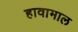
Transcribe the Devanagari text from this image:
हावामाल